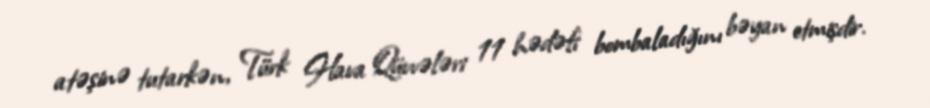
atəşinə tutarkən, Türk Hava Qüvvələri 11 hədəfi bombaladığını bəyan etmişdir.